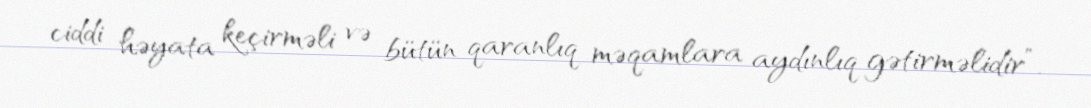
ciddi həyata keçirməli və bütün qaranlıq məqamlara aydınlıq gətirməlidir”.